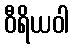
ဝီရိယဝါ